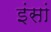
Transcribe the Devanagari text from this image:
इंसां